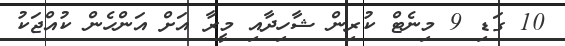
10 ގަޑި 9 މިނެޓް ކުރިން ޝާހިދާއި މީރާ އަށް އަންހެން ކުއްޖަކު